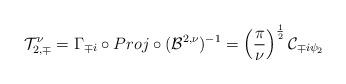
LaTeX: \begin{align*}\mathcal{T}^\nu_{2,\mp} = \Gamma_{{\mp}i} \circ Proj\circ (\mathcal{B}^{2,\nu})^{-1} = \left(\frac{\pi}{\nu}\right)^{\frac{1}{2}} \mathcal{C}_{{\mp}i{\psi_2}}\end{align*}